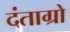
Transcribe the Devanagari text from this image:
दंताग्रो